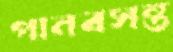
পানবসন্ত